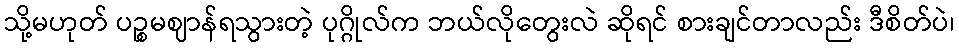
သို့မဟုတ် ပဉ္စမဈာန်ရသွားတဲ့ ပုဂ္ဂိုလ်က ဘယ်လိုတွေးလဲ ဆိုရင် စားချင်တာလည်း ဒီစိတ်ပဲ၊